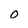
Character: o